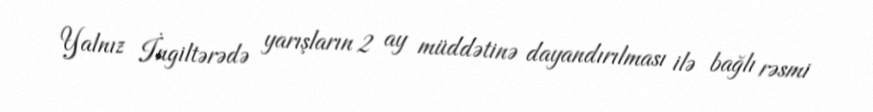
Yalnız İngiltərədə yarışların 2 ay müddətinə dayandırılması ilə bağlı rəsmi